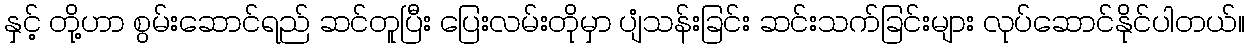
နှင့် တို့ဟာ စွမ်းဆောင်ရည် ဆင်တူပြီး ပြေးလမ်းတိုမှာ ပျံသန်းခြင်း ဆင်းသက်ခြင်းများ လုပ်ဆောင်နိုင်ပါတယ်။